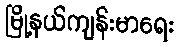
မြို့နယ်ကျန်းမာရေး